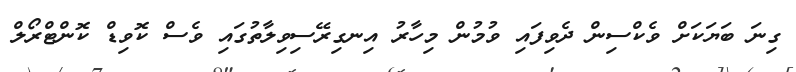
ގިނަ ބަޔަކަށް ވެކްސިން ދެވިފައި ވުމުން މިހާރު އިނގިރޭސިވިލާތުގައި ވެސް ކޮވިޑް ކޮންޓްރޯލް